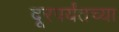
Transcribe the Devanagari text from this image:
दूरपर्यंतच्या